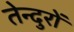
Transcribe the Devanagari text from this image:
तेन्दुरों